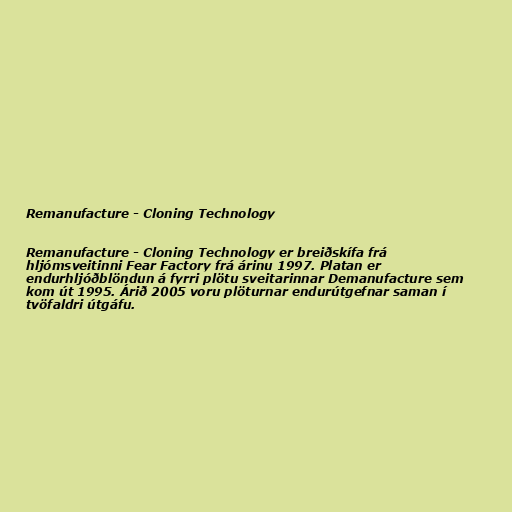
Remanufacture - Cloning Technology

Remanufacture - Cloning Technology er breiðskífa frá
hljómsveitinni Fear Factory frá árinu 1997. Platan er
endurhljóðblöndun á fyrri plötu sveitarinnar Demanufacture sem
kom út 1995. Árið 2005 voru plöturnar endurútgefnar saman í
tvöfaldri útgáfu.